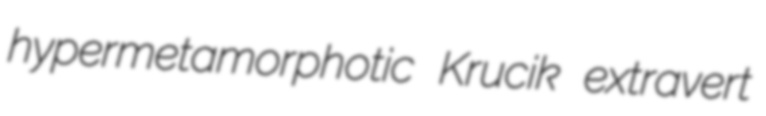
hypermetamorphotic Krucik extravert